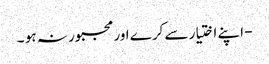
- اپنے اختیار سے کرے اورمجبور نہ ہو ۔